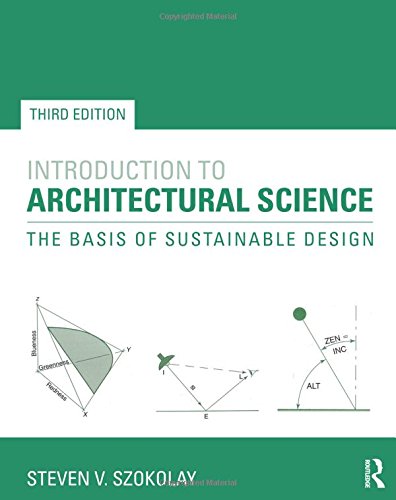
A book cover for Introduction to Architectural Science: The Basis of Sustainable Design; Steven V. Szokolay; Crafts, Hobbies & Home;